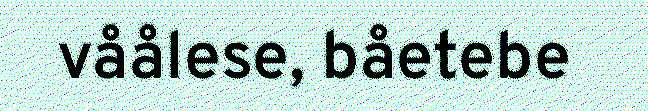
våålese, båetebe